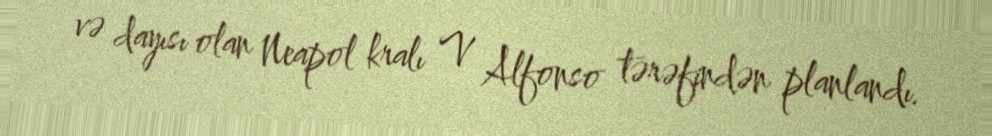
və dayısı olan Neapol kralı V Alfonso tərəfindən planlandı.